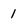
Character: 1